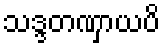
သဒ္ဒတဏှာယပိ